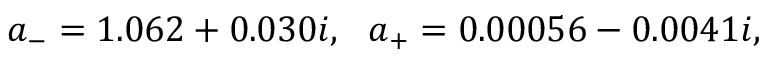
a _ { - } = 1 . 0 6 2 + 0 . 0 3 0 i , \ \ a _ { + } = 0 . 0 0 0 5 6 - 0 . 0 0 4 1 i ,